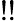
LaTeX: !!